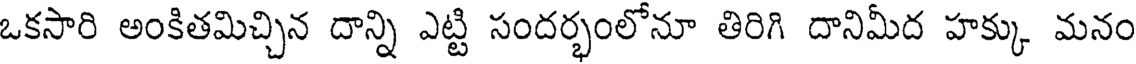
ఒకసారి అంకితమిచ్చిన దాన్ని ఎట్టి సందర్భంలోనూ తిరిగి దానిమీద హక్కు మనం